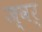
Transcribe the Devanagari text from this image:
ज्वर्